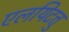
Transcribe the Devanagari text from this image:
एलयिटत्तु